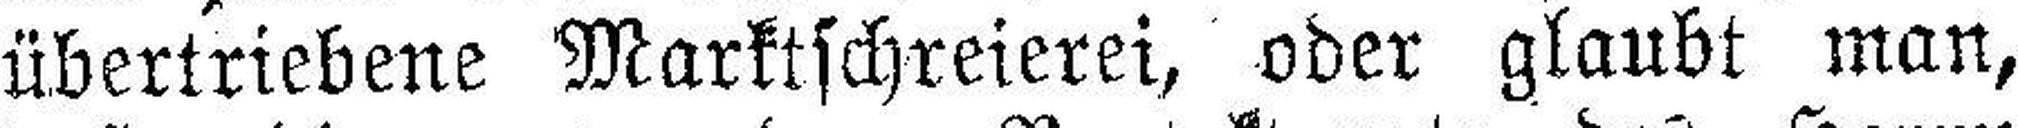
übertriebene Marktschreierei, oder glaubt man,